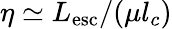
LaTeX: \eta\simeq L_{\mathrm{esc}}/(\mu l_{c})